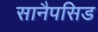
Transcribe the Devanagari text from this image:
सानैपसिड